Source: Handwritten
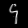
Digit: ၄ (4)